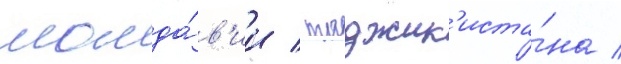
молда́в'ии / таджик'иста́на /